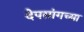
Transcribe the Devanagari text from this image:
देपसांगच्या